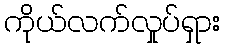
ကိုယ်လက်လှုပ်ရှား